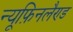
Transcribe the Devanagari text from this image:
न्यूफ़िनलैण्ड